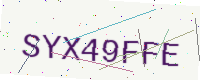
Text: SYX49FFE